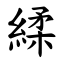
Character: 䋴